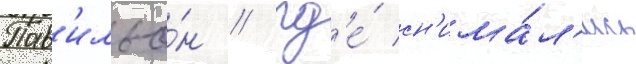
Пав'ильо́н / гд'е́ сн'има́л'ись